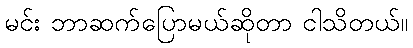
မင်း ဘာဆက်ပြောမယ်ဆိုတာ ငါသိတယ်။